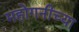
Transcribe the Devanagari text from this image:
महोगनीच्या